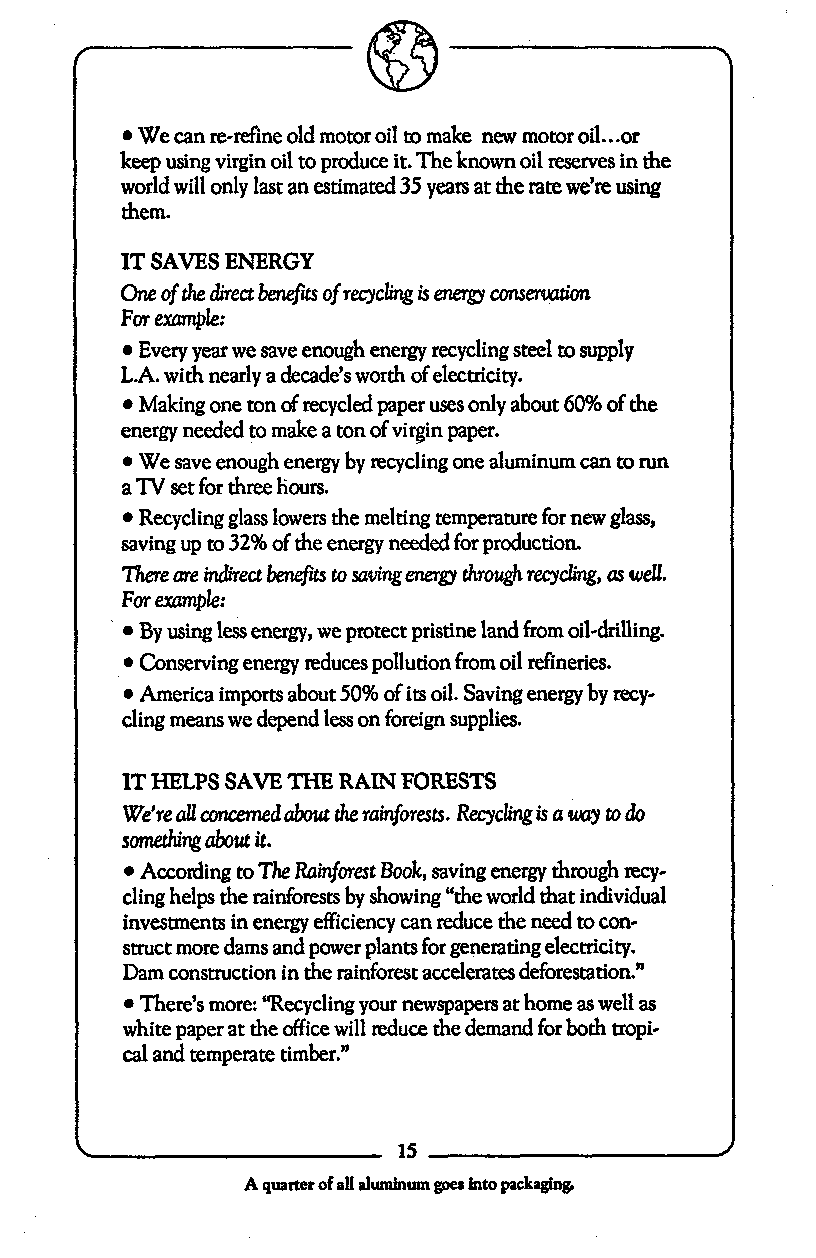
We can re-refine old motor oil to make new motor oil.. .or
 keep using virgin oil to produce it. The known oil reserves in the
 world will only last an estimated 35 years at the rate we’re using
 them.
 IT SAVES ENERGY
 One of the direct benefits of recycling is energy c m e
 For exumple:
 Every year we save enough energy recycling steel to supply
 L.A. with nearly a decade’s worth of electricity.
 Making one ton of recycled paper uses only about 60% of the
 energy needed to make a ton of virgin paper.
 We save enough energy by recycling one aluminum can to run
 a TV set for three hours.
 Recycling glass lowers the melting temperature for new glass,
 saving up to 32% of the energy needed for production.
 There are indirect benefii to saving energy through recychagya s well.
 For example:
 By using less energy, we protect pristine land from oil-drilling.
 Conserving energy reduces pollution from oil dineries.
 America imports about 50% of its oil. Saving energy by recy-
 cling means we depend less on foreign supplies.
 IT HELPS SAVE THE RAIN FORESTS
 We’re all concerned about the rainforests. Recycling is a evay to do
 something about it.
 According to The Ramforest Book, saving energy through recy-
 cling helps the rainforests by showing “the world that individual
 investments in energy efficiencyc an reduce the need to con-
 struct more dams and power plants for generating electricity.
 -
 Dam construction in the rainforest accelerates deforestation.”
 There’s more: “Recycling your newspapers at home as well as
 white paper at the office will reduce the demand for both tropi-
 cal and temperate timber.”
 15
 A quarter of all a l u “ goes into packaging.